Report of the Imperial Institute of Veterinary Research, Muktesar
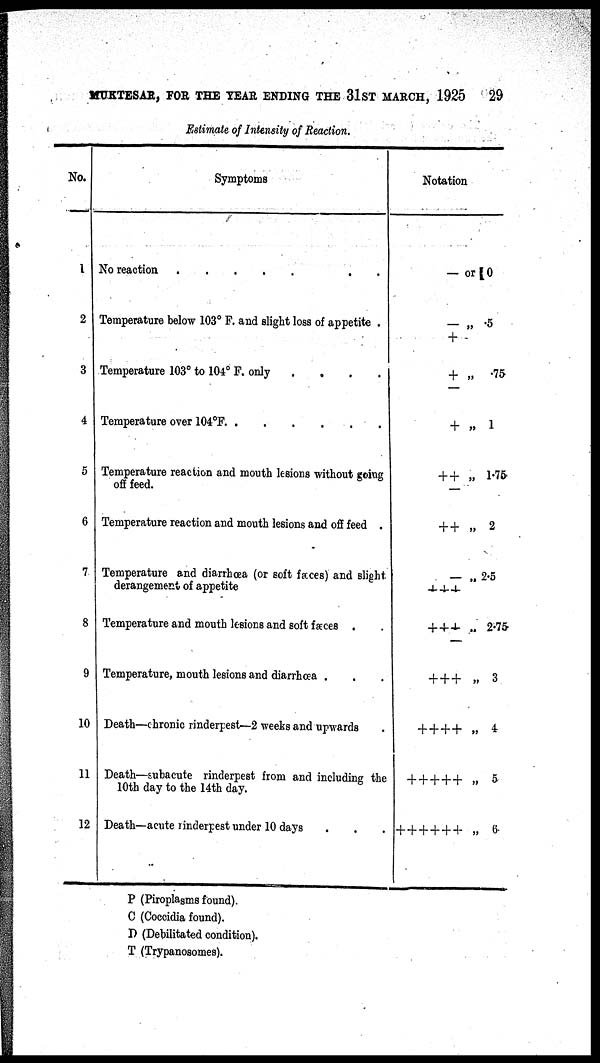
MUKTESAR, FOR THE YEAR ENDING THE 31ST MARCH, 1925
29
Estimate of Intensity of Reaction.
No.
1
2
3
4
5
6
7.
8
9
10
11
12
Symptoms
No reaction
.
Temperature below 103° F. and slight loss of appetite .
Temperature 103° to 104º F. only
....
Temperature over 104°F. .
.
.
...
Temperature reaction and mouth lesions without going
off feed.
Temperature reaction and mouth lesions and off feed .
Temperature and diarrhœa (or soft fæces) and slight
derangement of appetite
Temperature and mouth lesions and soft fæces .
Temperature, mouth lesions and diarrhœa .
Death—chronic rinderpest—2 weeks and upwards
Death—subacute rinderpest from and including the
10th day to the 14th day.
Death—acute rinderpest under 10 days
Notation.
— or 0
— „ .5
+
+ „ .75
+ „ 1
++ „ 1.75
++ „ 2
— , 2.5
+++
+++ „ 2.75
+ ++ „ 3
++++
„ 4
+++++ „ 5
++++++ „ 6
P (Piroplasms found).
C (Coccidia found).
D (Debilitated condition).
T (Trypanosomes).